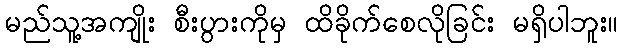
မည်သူ့အကျိုး စီးပွားကိုမှ ထိခိုက်စေလိုခြင်း မရှိပါဘူး။